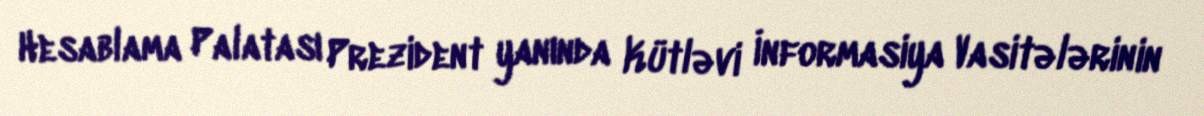
Hesablama Palatası Prezident yanında Kütləvi İnformasiya Vasitələrinin